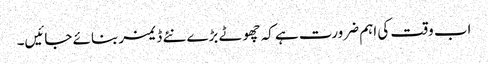
اب وقت کی اہم ضرورت ہے کہ چھوٹے بڑے نئے ڈ یمز بنائے جائیں۔